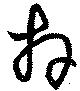
拜